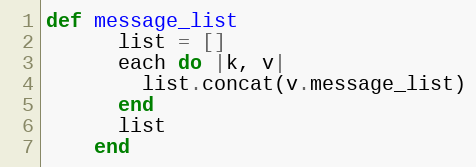
Language: Ruby
def message_list
      list = []
      each do |k, v|
        list.concat(v.message_list)
      end
      list
    end